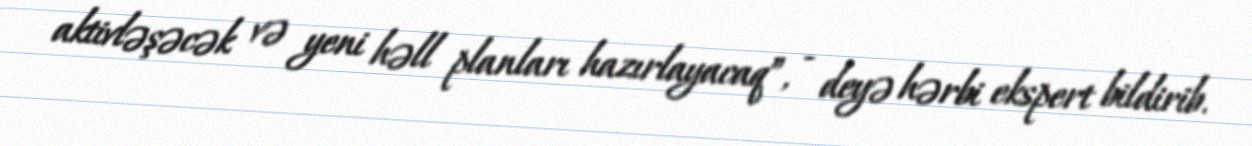
aktivləşəcək və yeni həll planları hazırlayacaq”, - deyə hərbi ekspert bildirib.